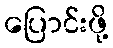
ပြောင်းဖို့